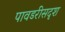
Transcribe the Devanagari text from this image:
पावडरीसदृश